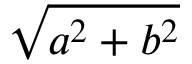
\sqrt { a ^ { 2 } + b ^ { 2 } }